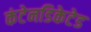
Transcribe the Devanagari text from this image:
कंटेनडिकेटेड